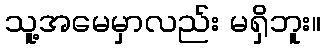
သူ့အမေမှာလည်း မရှိဘူး။